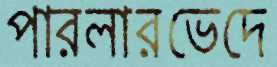
পারলারভেদে